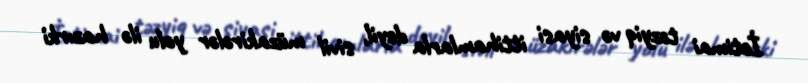
İctimai təzyiq və siyasi ittihamlarla deyil, sivil müzakirələr yolu ilə hazırki